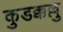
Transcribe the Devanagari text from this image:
कुडक्कल्लु